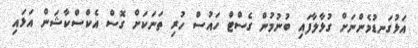
އަޅުގަނޑުމެންނަށް ގުޅާލާފައި ބުނުމުން ގެސްޓް ހައުސް ހުރި ތަނަކަށް ގޮސް އެކްސްކާޝަން އަޅައި